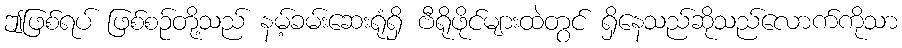
ဤဖြစ်ရပ် ဖြစ်စဉ်တို့သည် နမ့်ခမ်းဆေးရုံရှိ ဗီရိုဖိုင်များထဲတွင် ရှိနေသည်ဆိုသည်လောက်ကိုသာ